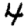
Digit: 4